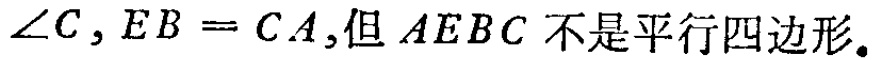
$\angle C,EB = CA,但AEBC不是平行四边形。$